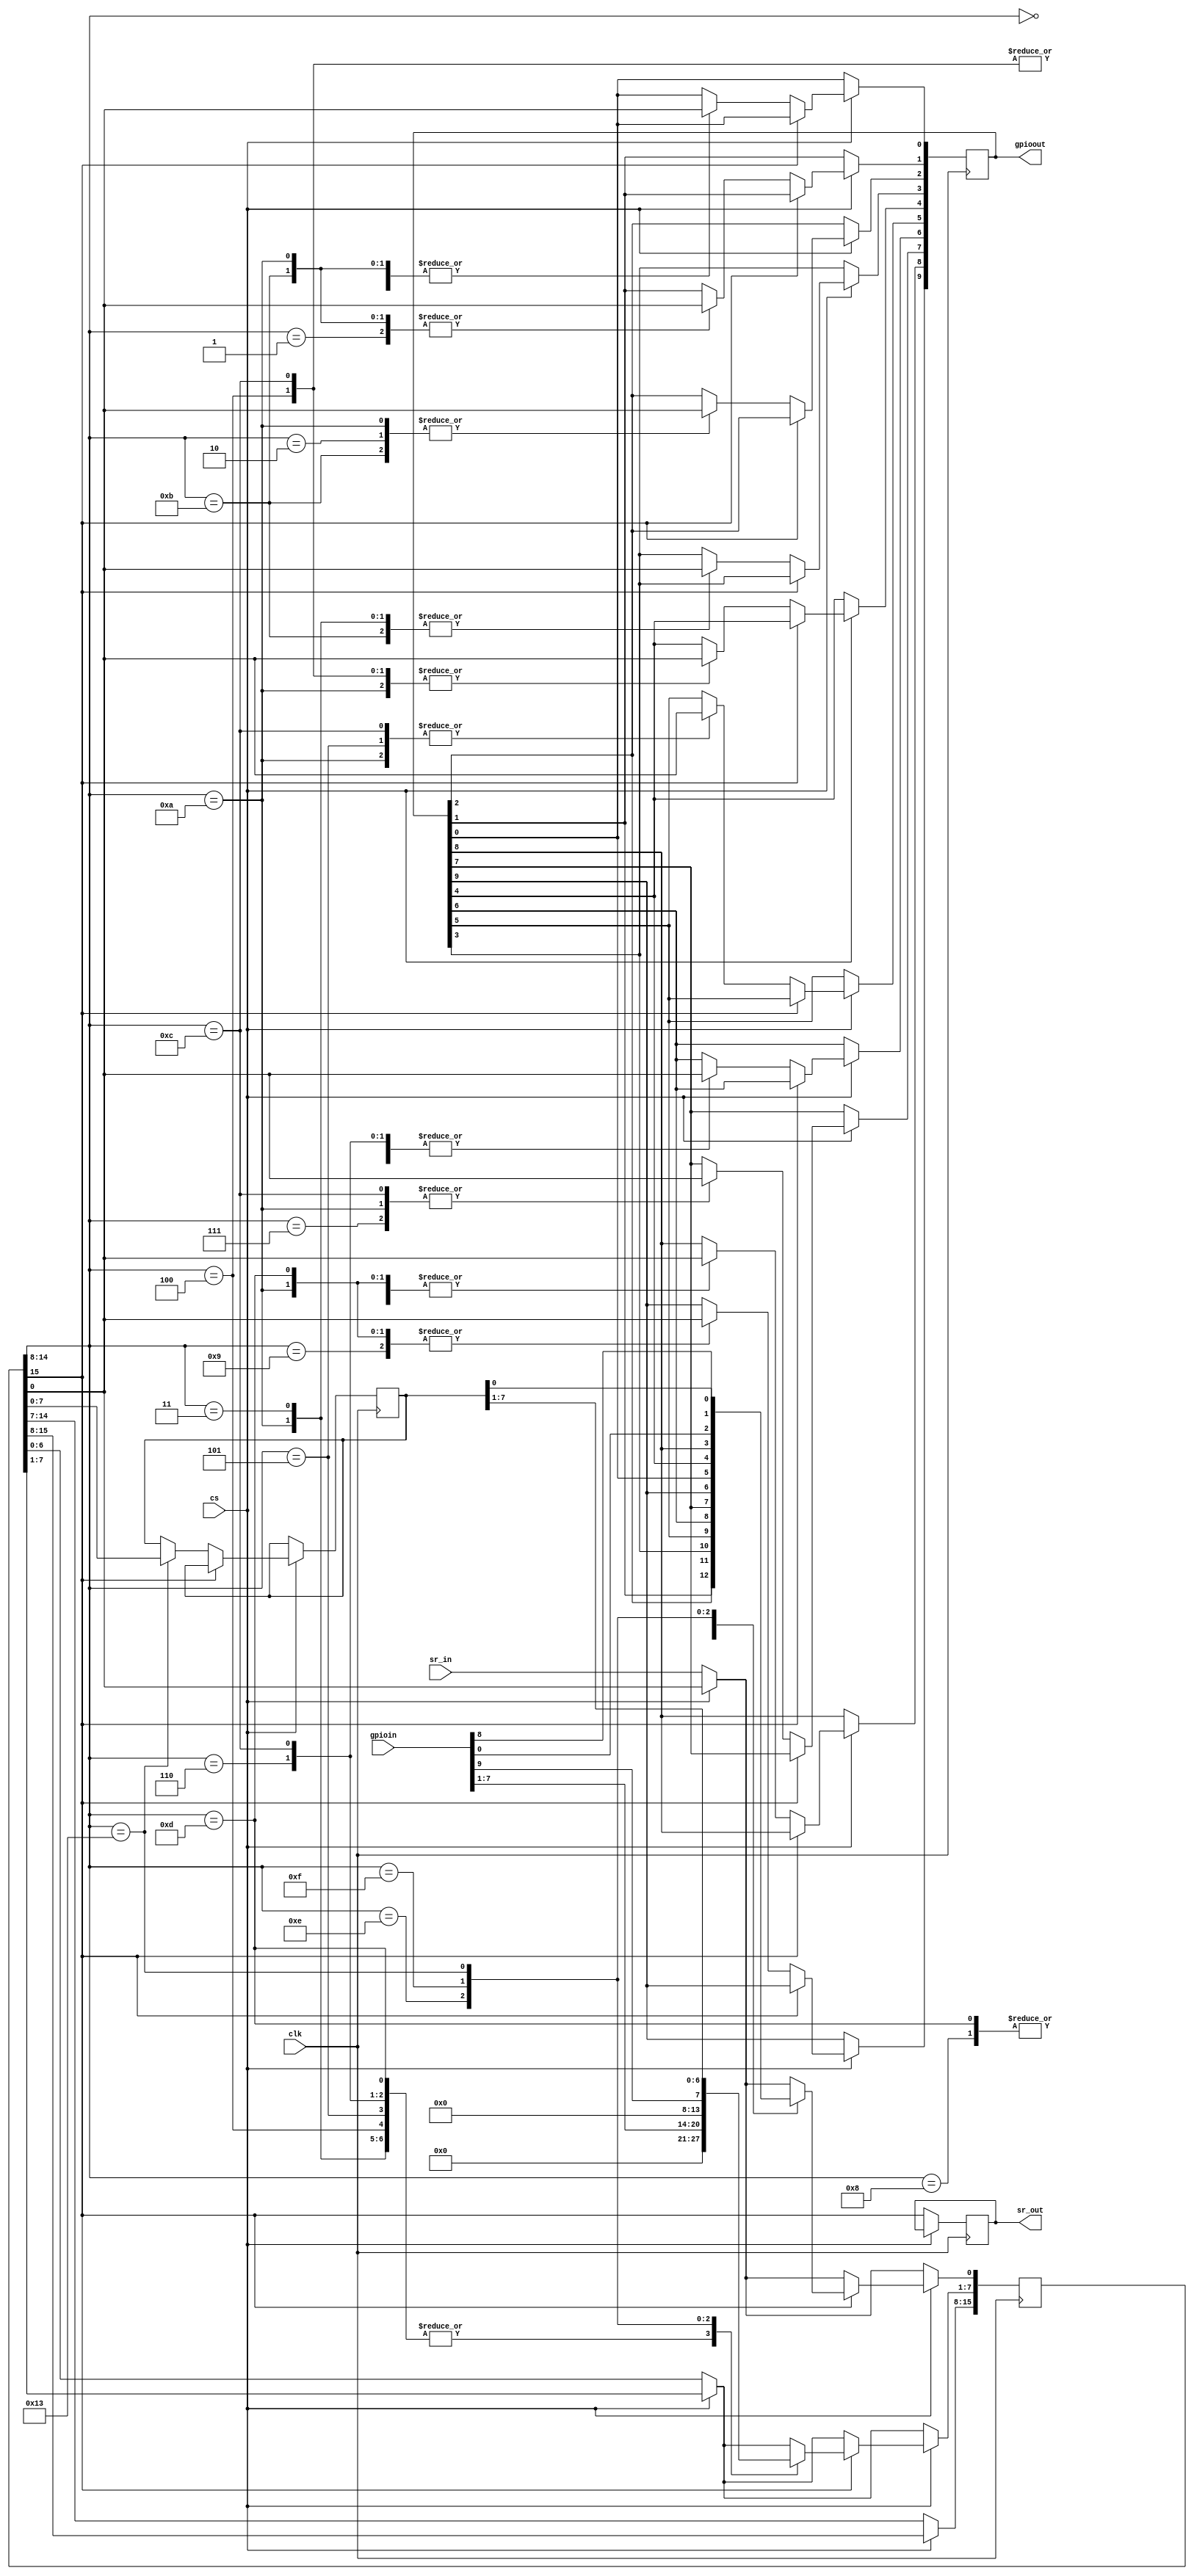
//////////////////////////////////////////////////////////////////////
////                                                              ////
//// SPI GPIO IP Core                                             ////
////                                                              ////
//// This file is part of the spigpio project                     ////
//// http://www.opencores.org/project,spislave                    ////
////                                                              ////
//// Description                                                  ////
//// Implementation of spislave IP core according to              ////
//// spigpio IP core specification document.                      ////
////                                                              ////
//// To Do:                                                       ////
////   -                                                          ////
////                                                              ////
//// Author(s):                                                   ////
////      - Sivakumar.B , email: siva@zilogic.com                 ////
////        Engineer  Zilogic systems,chennai. www.zilogic.com    ////
////                                                              ////
//////////////////////////////////////////////////////////////////////
////                                                              ////
//// Copyright (C) 2009 Zilogic Systems and OPENCORES.ORG         ////
////                                                              ////
//// This source file may be used and distributed without         ////
//// restriction provided that this copyright statement is not    ////
//// removed from the file and that any derivative work contains  ////
//// the original copyright notice and the associated disclaimer. ////
////                                                              ////
//// This source file is free software; you can redistribute it   ////
//// and/or modify it under the terms of the GNU Lesser General   ////
//// Public License as published by the Free Software Foundation; ////
//// either version 2.1 of the License, or (at your option) any   ////
//// later version.                                               ////
////                                                              ////
//// This source is distributed in the hope that it will be       ////
//// useful, but WITHOUT ANY WARRANTY; without even the implied   ////
//// warranty of MERCHANTABILITY or FITNESS FOR A PARTICULAR      ////
//// PURPOSE. See the GNU Lesser General Public License for more ////
//// details.                                                     ////
////                                                              ////
//// You should have received a copy of the GNU Lesser General    ////
//// Public License along with this source; if not, download it   ////
//// from http://www.opencores.org/lgpl.shtml                     ////
////                                                              ////
//////////////////////////////////////////////////////////////////////
////       RTL program for SPI GPIO --                            ////  

`define		P0_OP		7'b0000000 //0x00
`define		P1_OP		7'b0000001 //0x01
`define		P2_OP		7'b0000010 //0x02
`define		P3_OP		7'b0000011 //0x03
`define		P4_OP		7'b0000100 //0x04
`define		P5_OP		7'b0000101 //0x05
`define		P6_OP		7'b0000110 //0x06
`define		P7_OP		7'b0000111 //0x07
`define		P8_OP		7'b0001000 //0x08
`define		P9_OP		7'b0001001 //0x09

`define		P0_P9_OP	7'b0001010 //0x0A
`define		P0_P3_OP	7'b0001011 //0x0B
`define		P4_P7_OP	7'b0001100 //0x0C
`define		P8_P9_OP	7'b0001101 //0x0D

`define		PO_P7_IP	7'b0001110 //0x0E	
`define		P8_P9_IP	7'b0001111 //0x0F

`define		RAM	        7'b0010011 //0x13

module spigpio(clk, cs, sr_in, gpioin, gpioout, sr_out);
  
	input clk, cs;
	input sr_in;
	input [9:0] gpioin;
	
	output sr_out;
	output [9:0] gpioout;

	reg [9:0] gpioout;
	reg sr_out;

	reg [7:0] ram;
	wire [6:0] addr;
	wire [7:0] data;	
	wire rw;
	reg [15:0] sr;

	assign rw = sr[15];	
	assign addr = sr[14:8];
	assign data = sr[7:0];

	always@(posedge clk)
	begin
		if (cs == 1'b0)
		begin 
			sr_out <= sr[15];
			sr[15:1] <= sr[14:0];
			sr[0] <= sr_in;
		end 		
		
		if (cs == 1'b1)
		begin 
		
			if (rw == 1'b0)
			begin 
			
				case (addr)
				`P0_OP    : gpioout[0] <= data[0];
				`P1_OP    : gpioout[1] <= data[0];
				`P2_OP    : gpioout[2] <= data[0];
				`P3_OP    : gpioout[3] <= data[0];
				`P4_OP    : gpioout[4] <= data[0];
				`P5_OP    : gpioout[5] <= data[0];
				`P6_OP    : gpioout[6] <= data[0];
				`P7_OP    : gpioout[7] <= data[0];
				`P8_OP    : gpioout[8] <= data[0];
				`P9_OP    : gpioout[9] <= data[0];
				
				`P0_P9_OP : gpioout[9:0] <= {data[0], data[0], data[0], data[0], data[0],
							     data[0], data[0], data[0], data[0], data[0]};
				`P0_P3_OP : gpioout[3:0] <= {data[0], data[0], data[0], data[0]};
				`P4_P7_OP : gpioout[7:4] <= {data[0], data[0], data[0], data[0]};
				`P8_P9_OP : gpioout[9:8] <= {data[0], data[0]};
				`RAM      : ram[7:0] <= data[7:0];					
				endcase	
			end
			
			if (rw == 1'b1)             // READ THE PORT LEVEL
			begin 
		
				case (addr)
				`P0_OP	  : sr[7:0] <= {7'b0, gpioout[0]};
				`P1_OP    : sr[7:0] <= {7'b0, gpioout[1]};
				`P2_OP    : sr[7:0] <= {7'b0, gpioout[2]};
				`P3_OP    : sr[7:0] <= {7'b0, gpioout[3]};
				`P4_OP    : sr[7:0] <= {7'b0, gpioout[4]};
				`P5_OP    : sr[7:0] <= {7'b0, gpioout[5]};
				`P6_OP    : sr[7:0] <= {7'b0, gpioout[6]};
				`P7_OP    : sr[7:0] <= {7'b0, gpioout[7]};
				`P8_OP    : sr[7:0] <= {7'b0, gpioout[8]};
				`P9_OP    : sr[7:0] <= {7'b0, gpioout[9]};
				`P0_P9_OP : sr[7:0] <= {7'b0, gpioout[0]};
				`P0_P3_OP : sr[7:0] <= {7'b0, gpioout[0]};
				`P4_P7_OP : sr[7:0] <= {7'b0, gpioout[4]};
				`P8_P9_OP : sr[7:0] <= {7'b0, gpioout[8]};
				`PO_P7_IP : sr[7:0] <= gpioin[7:0];
				`P8_P9_IP : sr[7:0] <= gpioin[9:8];
				`RAM 	  : sr[7:0] <= ram[7:0];						
				endcase
			end
	 	end
	end
endmodule